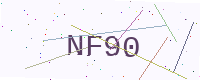
Text: NF90